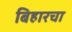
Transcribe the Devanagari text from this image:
बिहारचा